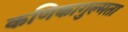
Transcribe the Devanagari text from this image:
कणिकागुल्मता